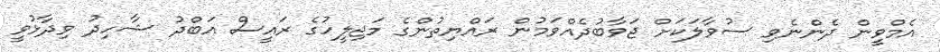
އެމްވީން ދެންނެވި ސުވާލަކަށް ޖަވާބުދެއްވަމުން ރައްޔިތުންގެ މަޖިލީހުގެ ރައީސް އަބްދު ޝާހިދު ވިދާޅުވީ